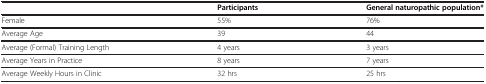
<table><thead><tr><td><b> </b></td><td><b>Participants</b></td><td><b>General naturopathic population*</b></td></tr></thead><tbody><tr><td>Female</td><td>55%</td><td>76%</td></tr><tr><td>Average Age</td><td>39</td><td>44</td></tr><tr><td>Average (Formal) Training Length</td><td>4 years</td><td>3 years</td></tr><tr><td>Average Years in Practice</td><td>8 years</td><td>7 years</td></tr><tr><td>Average Weekly Hours in Clinic</td><td>32 hrs</td><td>25 hrs</td></tr></tbody></table>